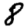
Digit: 8